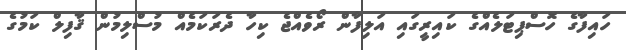
ހައިފާގެ ހޮސްޕިޓަލެއްގެ ކައިރީގައި އަލިފާން ރޯވެއްޖެ ކިހާ ދެރަކަމެއް މުސްލިމުން ޤާފިލް ކަމުގެ